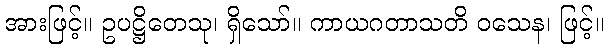
အားဖြင့်။ ဥပဋ္ဌိတေသု၊ ရှိသော်။ ကာယဂတာသတိ ဝသေန၊ ဖြင့်။